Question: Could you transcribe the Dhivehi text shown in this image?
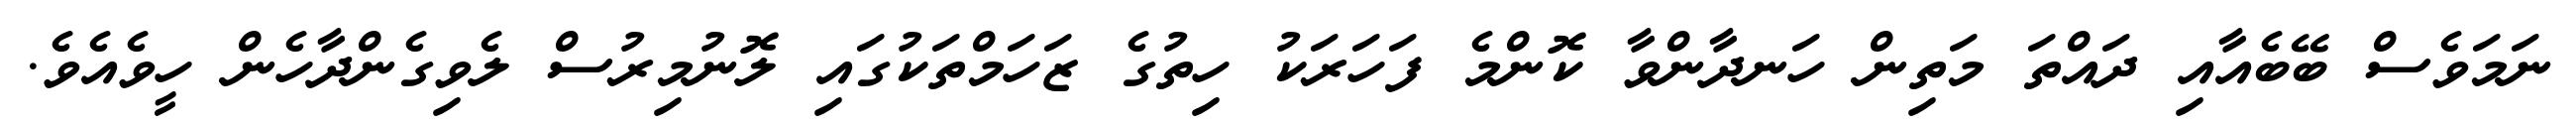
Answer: ނަމަވެސް ބޭބެއާއި ދައްތަ މަތިން ހަނދާންވާ ކޮންމެ ފަހަރަކު ހިތުގެ ޒަހަމްތަކުގައި ލޮނުމިރުސް ލެވިގެންދާހެން ހީވެއެވެ.